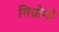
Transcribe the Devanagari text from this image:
गिग्नोमी